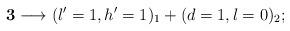
LaTeX: \begin{align*}{\bf 3} \longrightarrow (l'=1,h'=1)_1+(d=1,l=0)_2;\end{align*}